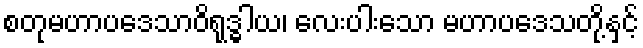
စတုမဟာပဒေသာဝိရုဒ္ဓါယ၊ လေးပါးသော မဟာပဒေသတို့နှင့်